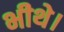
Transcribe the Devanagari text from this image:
भीथे।